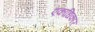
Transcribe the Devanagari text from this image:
एकाधिकार